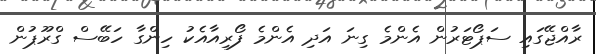
ރާއްޖޭގައި ސަޕޯޓަރުން އެންމެ ގިނަ އަދި އެންމެ ފޯރިއާއެކު ހިންގާ ހަބޭސް ގްރޫޕުން